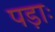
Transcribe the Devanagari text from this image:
पड़ाः